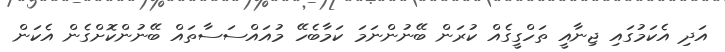
އަދި އެކަމުގައި ޖިނާއީ ތަހްގީގެއް ކުރަން ބޭނުންނަމަ ކަމާބެހޭ މުއައްސަސާތައް ބޭނުންކޮށްގެން އެކަން